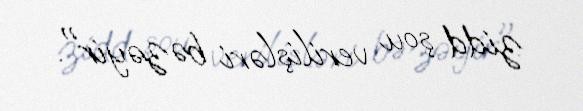
zidd şou verilişləri bəzəyir".